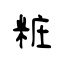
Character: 粧